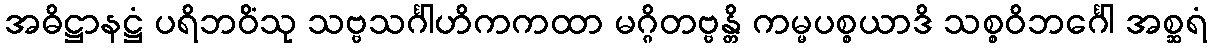
အဓိဋ္ဌာနဋ္ဌံ ပရိဘဝိံသု သဗ္ဗသင်္ဂါဟိကကထာ မဂ္ဂိတဗ္ဗန္တိ ကမ္မပစ္စယာဒိ သစ္စဝိဘင်္ဂေါ အစ္ဆရံ